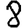
Digit: 8